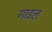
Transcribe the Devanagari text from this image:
गाइल